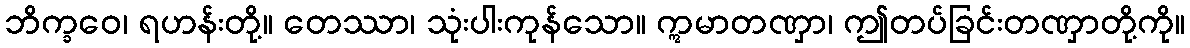
ဘိက္ခဝေ၊ ရဟန်းတို့။ တေဿာ၊ သုံးပါးကုန်သော။ ဣမာတဏှာ၊ ဤတပ်ခြင်းတဏှာတို့ကို။